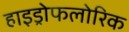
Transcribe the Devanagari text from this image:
हाइड्रोफलोरिक